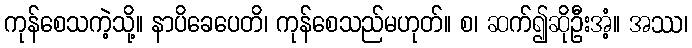
ကုန်စေသကဲ့သို့။ နာပိခေပေတိ၊ ကုန်စေသည်မဟုတ်။ စ၊ ဆက်၍ဆိုဦးအံ့။ အဿ၊